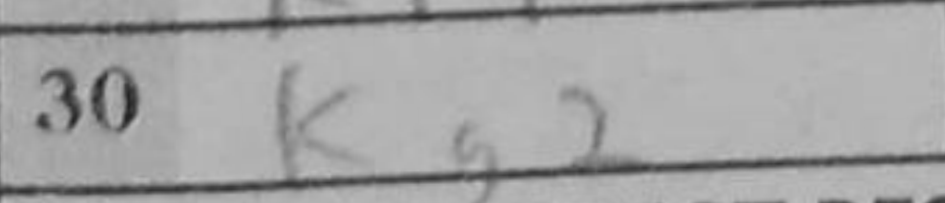
Transcription: Kg2